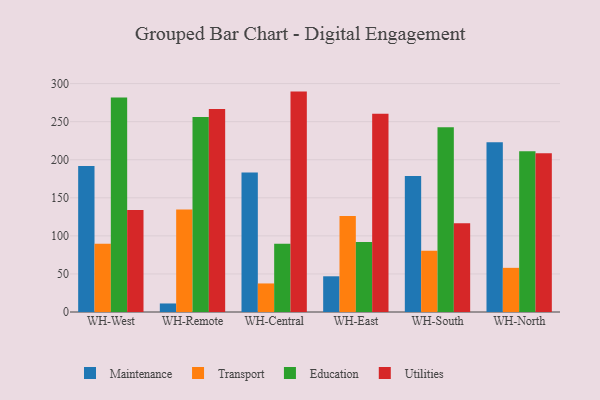
{"axis": {"x": "Warehouse", "y": "Shipments"}, "legend": ["Education", "Maintenance", "Transport", "Utilities"], "data": [{"x": "WH-West", "y": 191.9, "type": "Maintenance"}, {"x": "WH-West", "y": 89.5, "type": "Transport"}, {"x": "WH-West", "y": 281.6, "type": "Education"}, {"x": "WH-West", "y": 133.9, "type": "Utilities"}, {"x": "WH-Remote", "y": 11.2, "type": "Maintenance"}, {"x": "WH-Remote", "y": 134.6, "type": "Transport"}, {"x": "WH-Remote", "y": 256.0, "type": "Education"}, {"x": "WH-Remote", "y": 266.7, "type": "Utilities"}, {"x": "WH-Central", "y": 183.1, "type": "Maintenance"}, {"x": "WH-Central", "y": 37.5, "type": "Transport"}, {"x": "WH-Central", "y": 89.5, "type": "Education"}, {"x": "WH-Central", "y": 289.5, "type": "Utilities"}, {"x": "WH-East", "y": 46.9, "type": "Maintenance"}, {"x": "WH-East", "y": 126.2, "type": "Transport"}, {"x": "WH-East", "y": 91.9, "type": "Education"}, {"x": "WH-East", "y": 260.3, "type": "Utilities"}, {"x": "WH-South", "y": 178.8, "type": "Maintenance"}, {"x": "WH-South", "y": 80.3, "type": "Transport"}, {"x": "WH-South", "y": 242.8, "type": "Education"}, {"x": "WH-South", "y": 116.5, "type": "Utilities"}, {"x": "WH-North", "y": 223.0, "type": "Maintenance"}, {"x": "WH-North", "y": 58.0, "type": "Transport"}, {"x": "WH-North", "y": 211.0, "type": "Education"}, {"x": "WH-North", "y": 208.6, "type": "Utilities"}]}